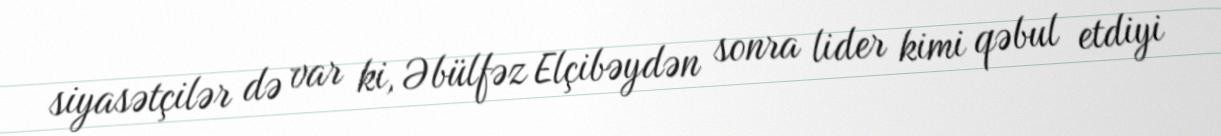
siyasətçilər də var ki, Əbülfəz Elçibəydən sonra lider kimi qəbul etdiyi